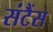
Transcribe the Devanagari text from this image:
संटैंस